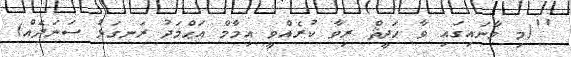
''(މި މާނައިގައި ވާ ޙަދީޘް ރިވާ ކުރެއްވީ އިމާމް އަޙްމަދު ރަނގަޅު ސަނަދެއް)